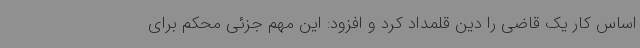
اساس کار یک قاضی را دین قلمداد کرد و افزود: این مهم جزئی محکم برای